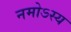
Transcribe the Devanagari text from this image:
नमोऽस्य